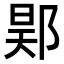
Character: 𨛴